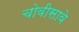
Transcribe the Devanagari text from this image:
चोवीसावे